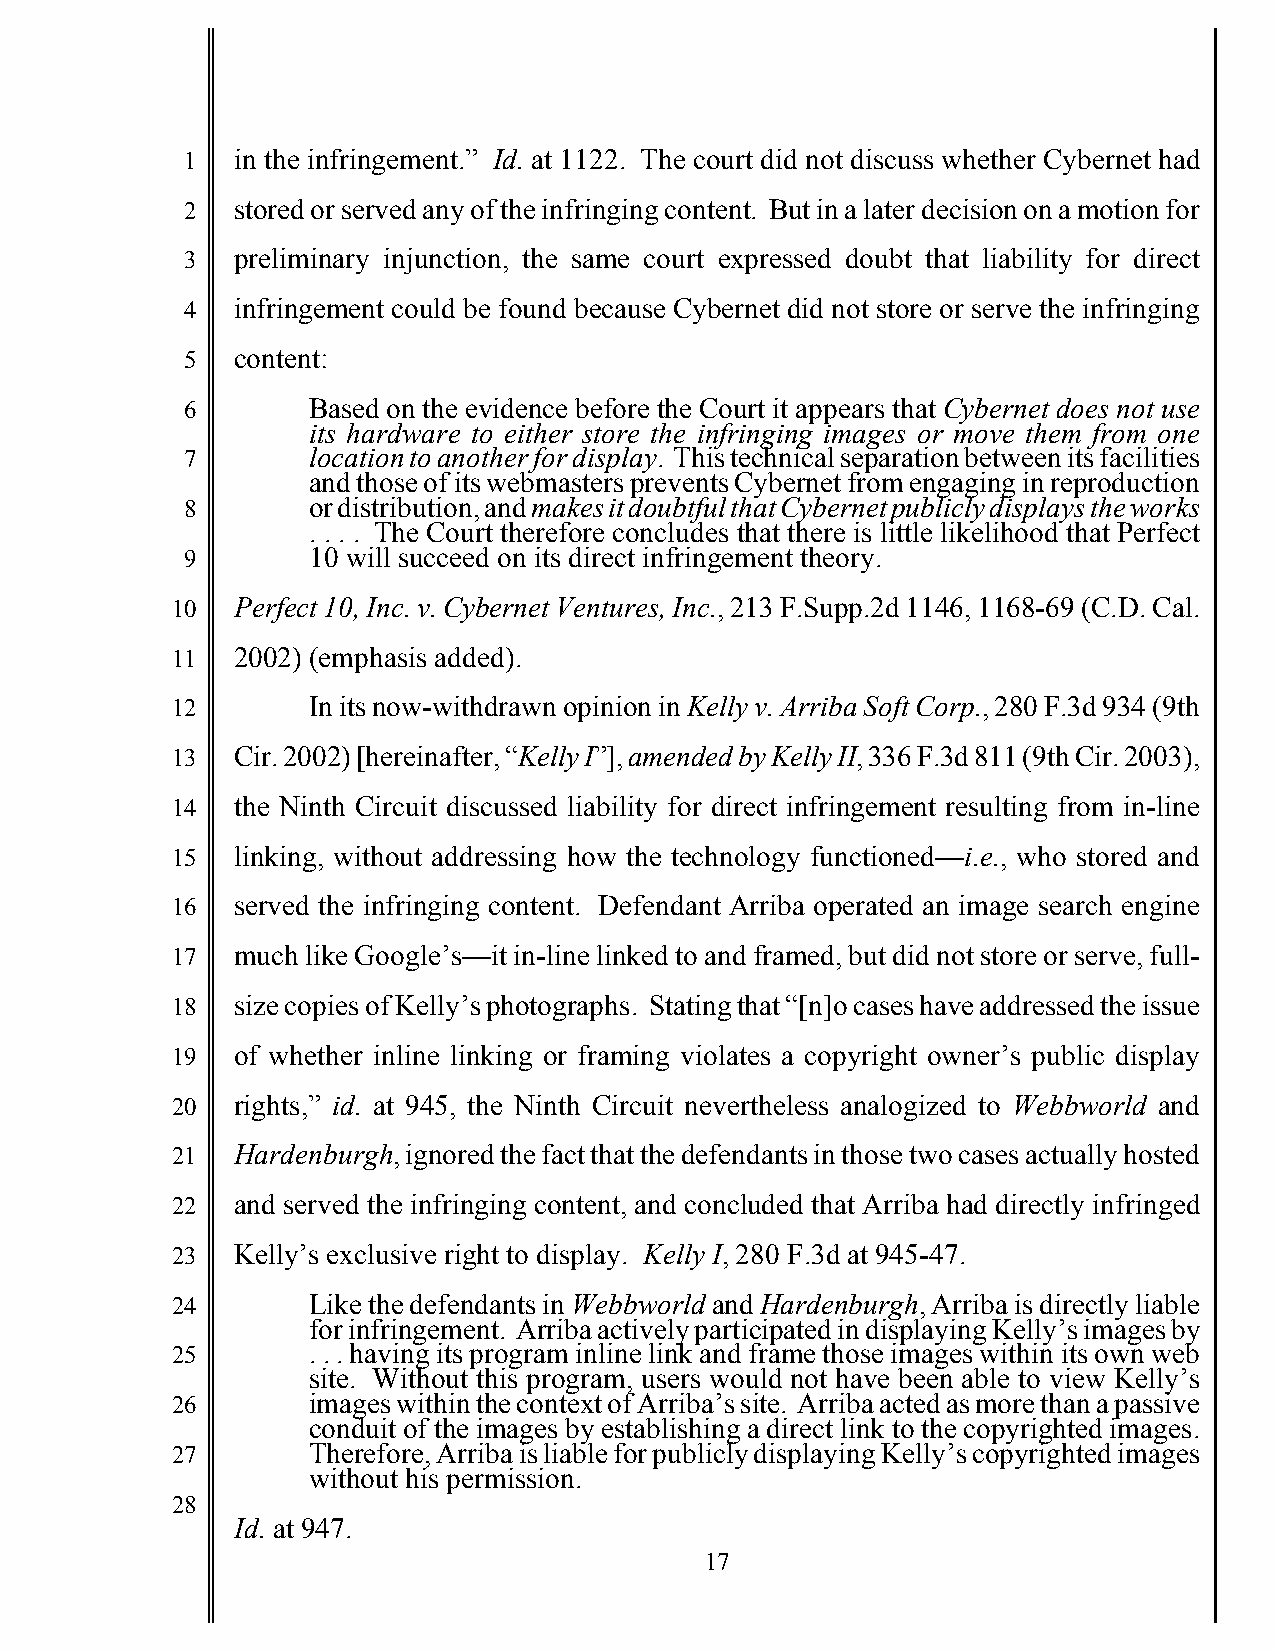
1   in the infringement.” Id. at 1122. The court did not discuss whether Cybernet had
 2   stored or served any of the infringing content. But in a later decision on a motion for
 3   preliminary injunction, the same court expressed doubt that liability for direct
 4   infringement could be found because Cybernet did not store or serve the infringing
 5   content:
 6       Based on the evidence before the Court it appears that Cybernet does not use
 its hardware to either store the infringing images or move them from one
 7       location to another for display. This technical separation between its facilities
 and those of its webmasters prevents Cybernet from engaging in reproduction
 8       or distribution, and makes it doubtful that Cybernet publicly displays the works
 . . . . The Court therefore concludes that there is little likelihood that Perfect
 9       10 will succeed on its direct infringement theory.
 10   Perfect 10, Inc. v. Cybernet Ventures, Inc., 213 F.Supp.2d 1146, 1168-69 (C.D. Cal.
 11   2002) (emphasis added).
 12       In its now-withdrawn opinion in Kelly v. Arriba Soft Corp., 280 F.3d 934 (9th
 13   Cir. 2002) [hereinafter, “Kelly I”], amended by Kelly II, 336 F.3d 811 (9th Cir. 2003),
 14   the Ninth Circuit discussed liability for direct infringement resulting from in-line
 15   linking, without addressing how the technology functioned—i.e., who stored and
 16   served the infringing content. Defendant Arriba operated an image search engine
 17   much like Google’s—it in-line linked to and framed, but did not store or serve, full-
 18   size copies of Kelly’s photographs. Stating that “[n]o cases have addressed the issue
 19   of whether inline linking or framing violates a copyright owner’s public display
 20   rights,” id. at 945, the Ninth Circuit nevertheless analogized to Webbworld and
 21   Hardenburgh, ignored the fact that the defendants in those two cases actually hosted
 22   and served the infringing content, and concluded that Arriba had directly infringed
 23   Kelly’s exclusive right to display. Kelly I, 280 F.3d at 945-47.
 24       Like the defendants in Webbworld and Hardenburgh, Arriba is directly liable
 for infringement. Arriba actively participated in displaying Kelly’s images by
 25       . . . having its program inline link and frame those images within its own web
 site. Without this program, users would not have been able to view Kelly’s
 26       images within the context of Arriba’s site. Arriba acted as more than a passive
 conduit of the images by establishing a direct link to the copyrighted images.
 27       Therefore, Arriba is liable for publicly displaying Kelly’s copyrighted images
 without his permission.
 28
 Id. at 947.
 17